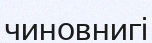
чиновнигі